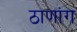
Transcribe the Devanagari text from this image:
ठाणांग